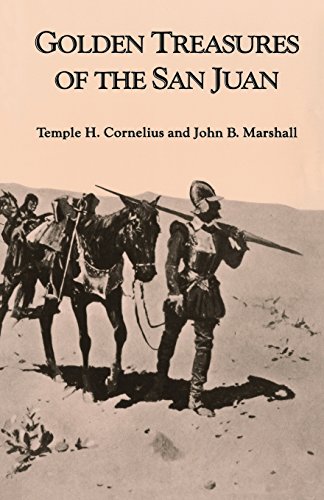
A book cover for Golden Treasures Of San Juan; Temple H. Cornelius; Travel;